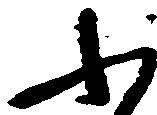
ふ